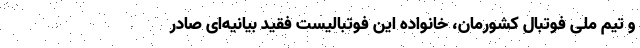
و تیم ملی فوتبال کشورمان، خانواده این فوتبالیست فقید بیانیه‌ای صادر